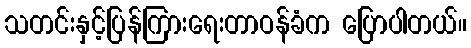
သတင်းနှင့်ပြန်ကြားရေးတာဝန်ခံက ပြောပါတယ်။